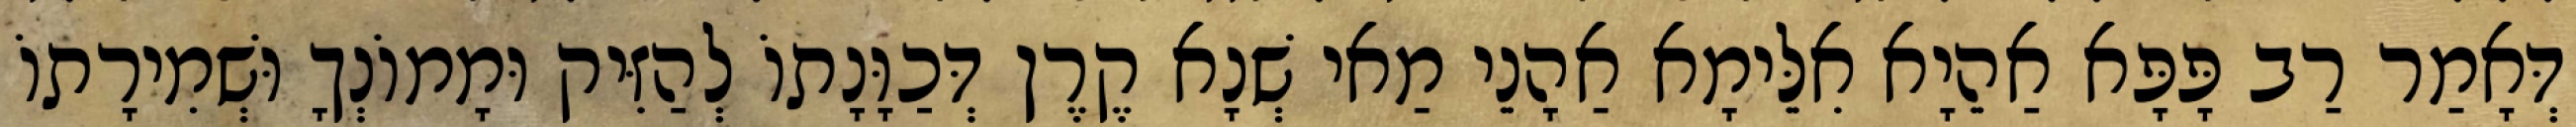
דְּאָמַר רַב פָּפָּא אַהֵיָא אִלֵּימָא אַהָנֵי מַאי שְׁנָא קֶרֶן דְּכַוָּנָתוֹ לְהַזִּיק וּמָמוֹנְךָ וּשְׁמִירָתוֹ